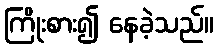
ကြိုးစား၍ နေခဲ့သည်။